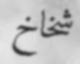
شخاخ